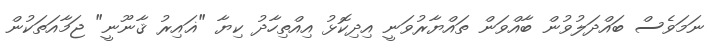
ނަމަވެސް ބައްދަލުވުން ބާއްވަން ތައްޔާރުވަނީ އިދިކޮޅު އިއްތިހާދު ކިޔާ "ޣައިރު ޤާނޫނީ" ޖަމާއަތަކުން